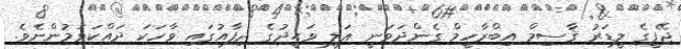
ޖޭޕީގެ ލީޑަރު ޤާސިމް އިބްރާހީމް ގެންދަވަނީ ޢަލީ ވަޙީދުގެ ދިފާއުގައި ވާހަކަ ދައްކަވަމުންނެވެ.